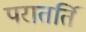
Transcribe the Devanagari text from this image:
परातर्ति